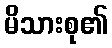
မိသားစု၏